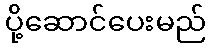
ပို့ဆောင်ပေးမည်